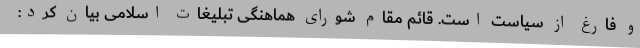
و فارغ از سیاست است. قائم مقام شورای هماهنگی تبلیغات اسلامی بیان کرد: